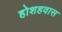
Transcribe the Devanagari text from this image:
होशहवास